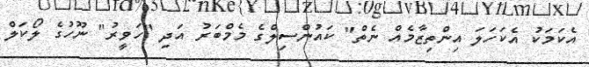
އެކަމަކު އެކަހަލަ އިންތިޒާމެއް ނެތް" ކައުންސިލްގެ މެމްބަރު އަދި "ހަވީރު" ނޫހުގެ ލޯކަލް